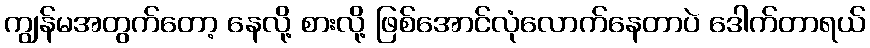
ကျွန်မအတွက်တော့ နေလို့ စားလို့ ဖြစ်အောင်လုံလောက်နေတာပဲ ဒေါက်တာရယ်